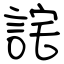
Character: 詫